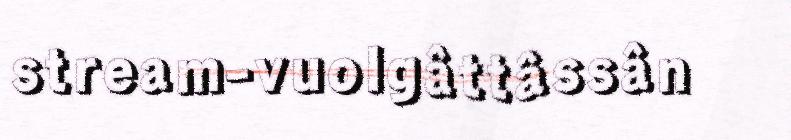
stream-vuolgâttâssân